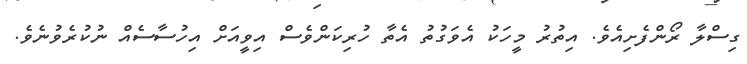
ގިސްލާ ރޯންފެށިއެެވެ. އިތުރު މީހަކު އެވަގުތު އެތާ ހުރިކަންވެސް އިވީއަށް އިހުސާސެއް ނުކުރެވުނެވެ.